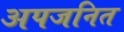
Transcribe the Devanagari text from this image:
अपजनित